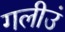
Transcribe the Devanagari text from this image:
गलीउं